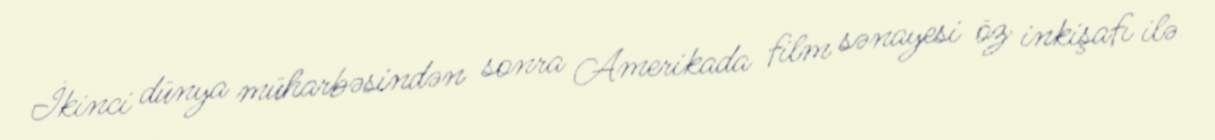
İkinci dünya müharbəsindən sonra Amerikada film sənayesi öz inkişafı ilə